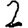
Digit: 2